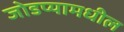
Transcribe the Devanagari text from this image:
जोडप्यामधील